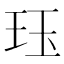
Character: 珏